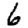
Digit: 6